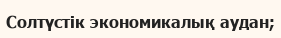
Солтүстік экономикалық аудан;